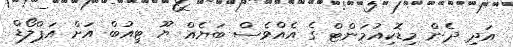
އަދި ދެން މިޑޮކިއުމަންޓް ގެ އެއްވެސް ބަޔެއް ޔޫ ޓިއުބް އަށް އަޕްލޯޑް